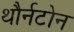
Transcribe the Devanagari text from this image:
थौर्नटोन